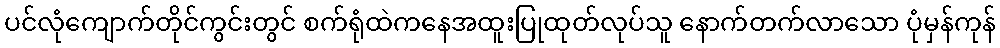
ပင်လုံကျောက်တိုင်ကွင်းတွင် စက်ရုံထဲကနေအထူးပြုထုတ်လုပ်သူ နောက်တက်လာသော ပုံမှန်ကုန်